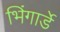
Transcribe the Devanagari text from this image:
भिंगार्डे